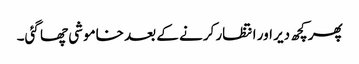
پھر کچھ دیر اور انتظار کرنے کے بعد خاموشی چھا گئی۔